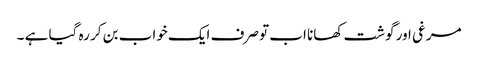
مرغی اور گوشت کھانا اب تو صرف ایک خواب بن کر رہ گیا ہے ۔